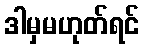
ဒါမှမဟုတ်ရင်